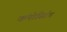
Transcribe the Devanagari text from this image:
कंपोस्टिंग